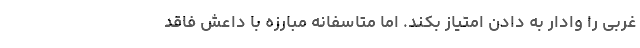
غربی را وادار به دادن امتیاز بکند. اما متاسفانه مبارزه با داعش فاقد